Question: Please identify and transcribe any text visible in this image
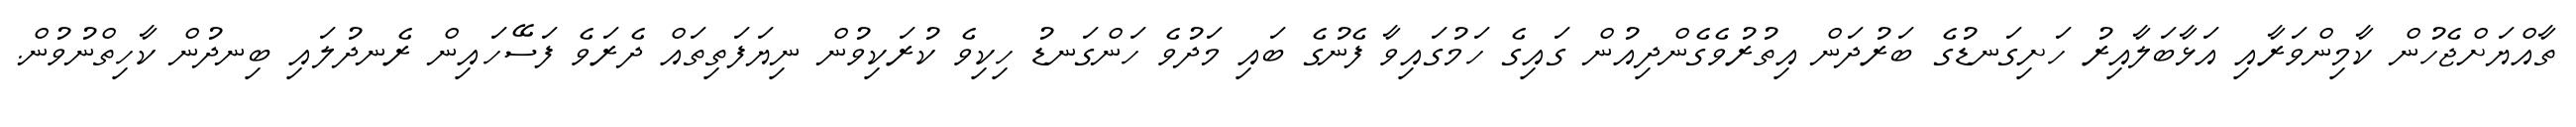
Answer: ތާއްޔަށްޖެހުން ކާމިންވަރާއި އަޅާބަލާއިރު ހަށިގަނޑުގެ ބަރުދަން އިތުރުވެގެންދިއުން ގައިގެ ހަމުގައިވާ ފެނުގެ ބައި މަދުވެ ހަންގަނޑު ހިކިވެ ކުރަކިވުން ނިޔަފަތިތައް ދެރަވެ ފަސޭހައިން ރެނދުލައި ބިނދުން ކާހިތްނުވުން.